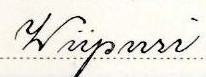
Wiipuri